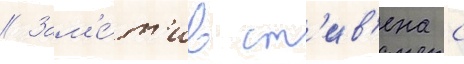
// Зам'е́т'ив ст'ив'ена с